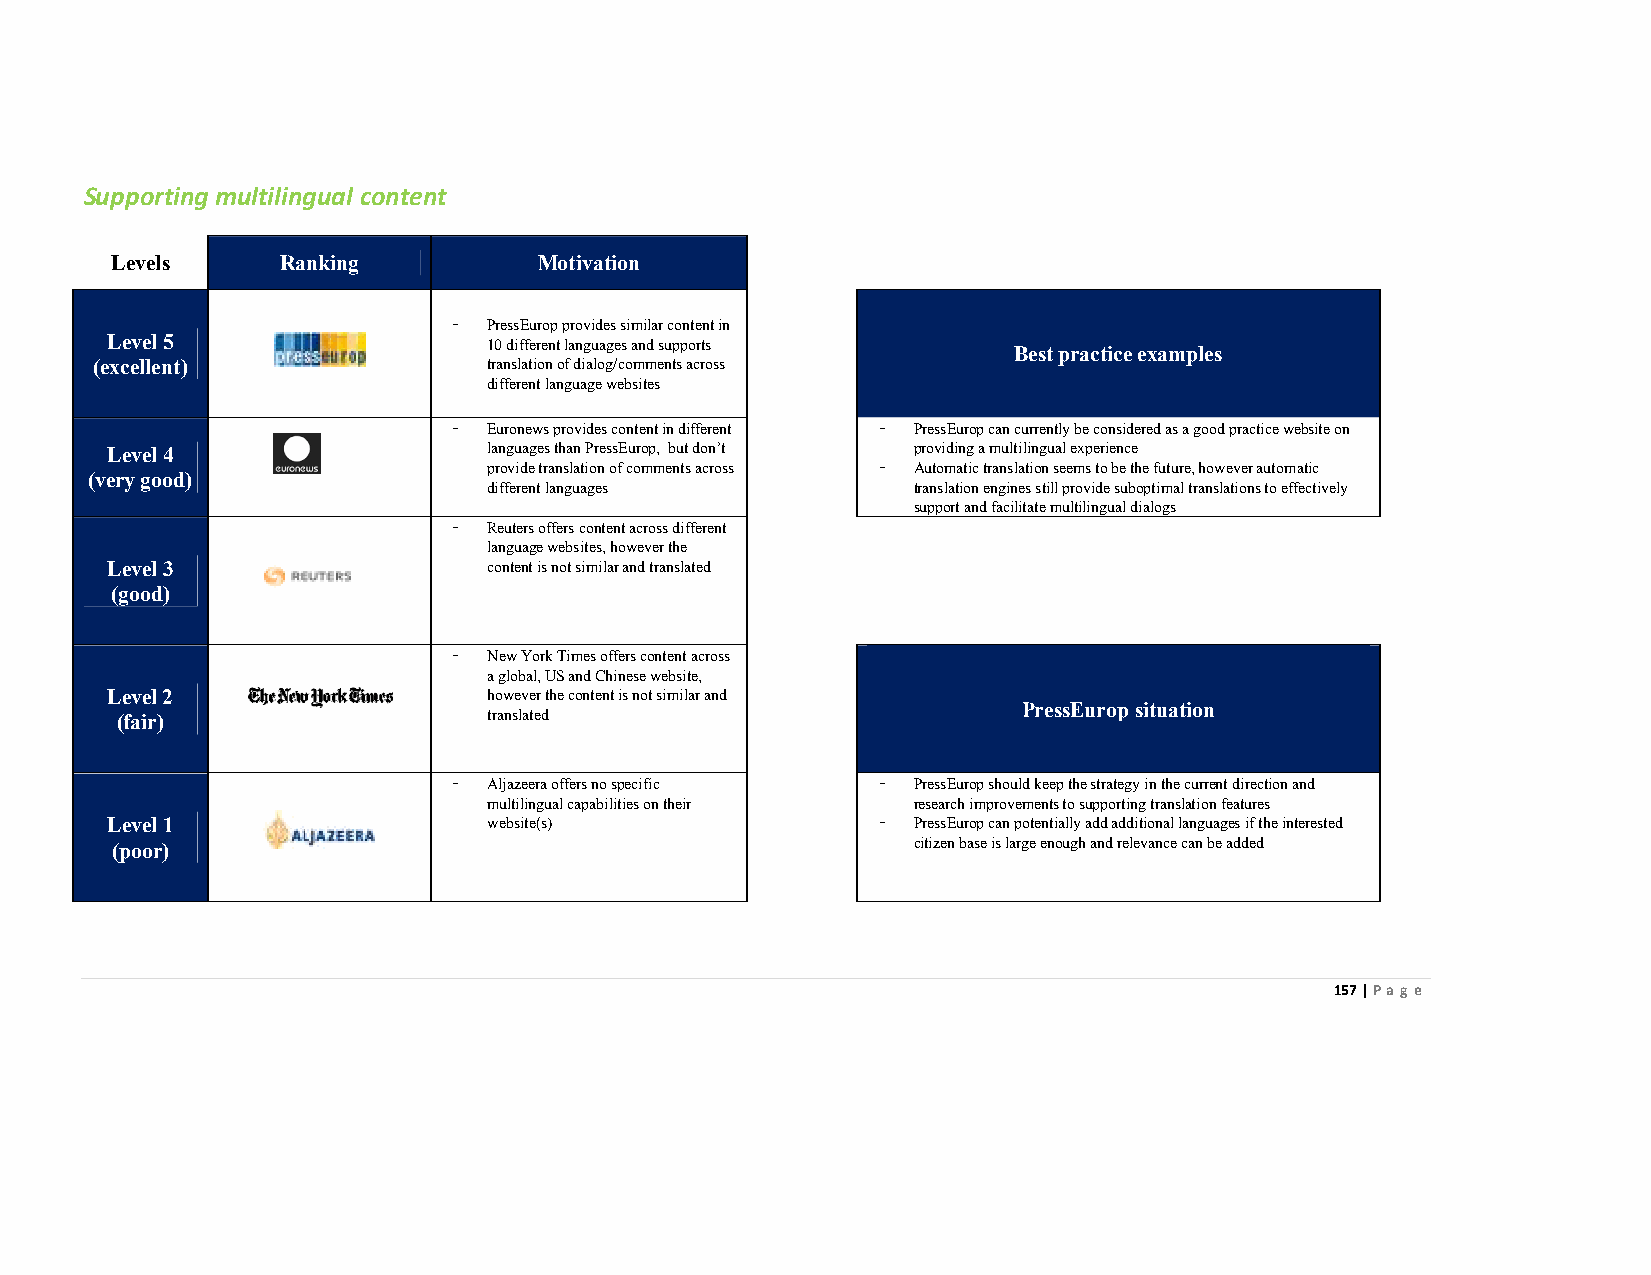
Supporting multilingual content
 Levels      Ranking          Motivation
 - PressEurop provides similar content in
 Level 5                  10 different languages and supports
 Best practice examples
 (excellent)               translation of dialog/comments across
 different language websites
 - Euronews provides content in different - PressEurop can currently be considered as a good practice website on
 Level 4                  languages than PressEurop, but don’t providing a multilingual experience
 provide translation of comments across - Automatic translation seems to be the future, however automatic
 (very good)
 different languages         translation engines still provide suboptimal translations to effectively
 support and facilitate multilingual dialogs
 - Reuters offers content across different
 language websites, however the
 Level 3                  content is not similar and translated
 (good)
 - New York Times offers content across
 a global, US and Chinese website,
 Level 2                  however the content is not similar and
 (fair)                  translated
 PressEurop situation
 - Aljazeera offers no specific - PressEurop should keep the strategy in the current direction and
 multilingual capabilities on their research improvements to supporting translation features
 Level 1                  website(s)                - PressEurop can potentially add additional languages if the interested
 (poor)                                               citizen base is large enough and relevance can be added
 157 | Page